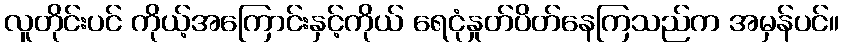
လူတိုင်းပင် ကိုယ့်အကြောင်းနှင့်ကိုယ် ရေငုံနှုတ်ပိတ်နေကြသည်က အမှန်ပင်။